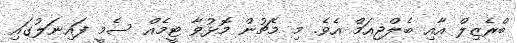
ބްރެޒިލް އާއި ބެލްޖިއަމް އެވެ. މި މެޗުން މޮޅުވާ ޓީމެއް ސެމީ ފައިނަލުގައި